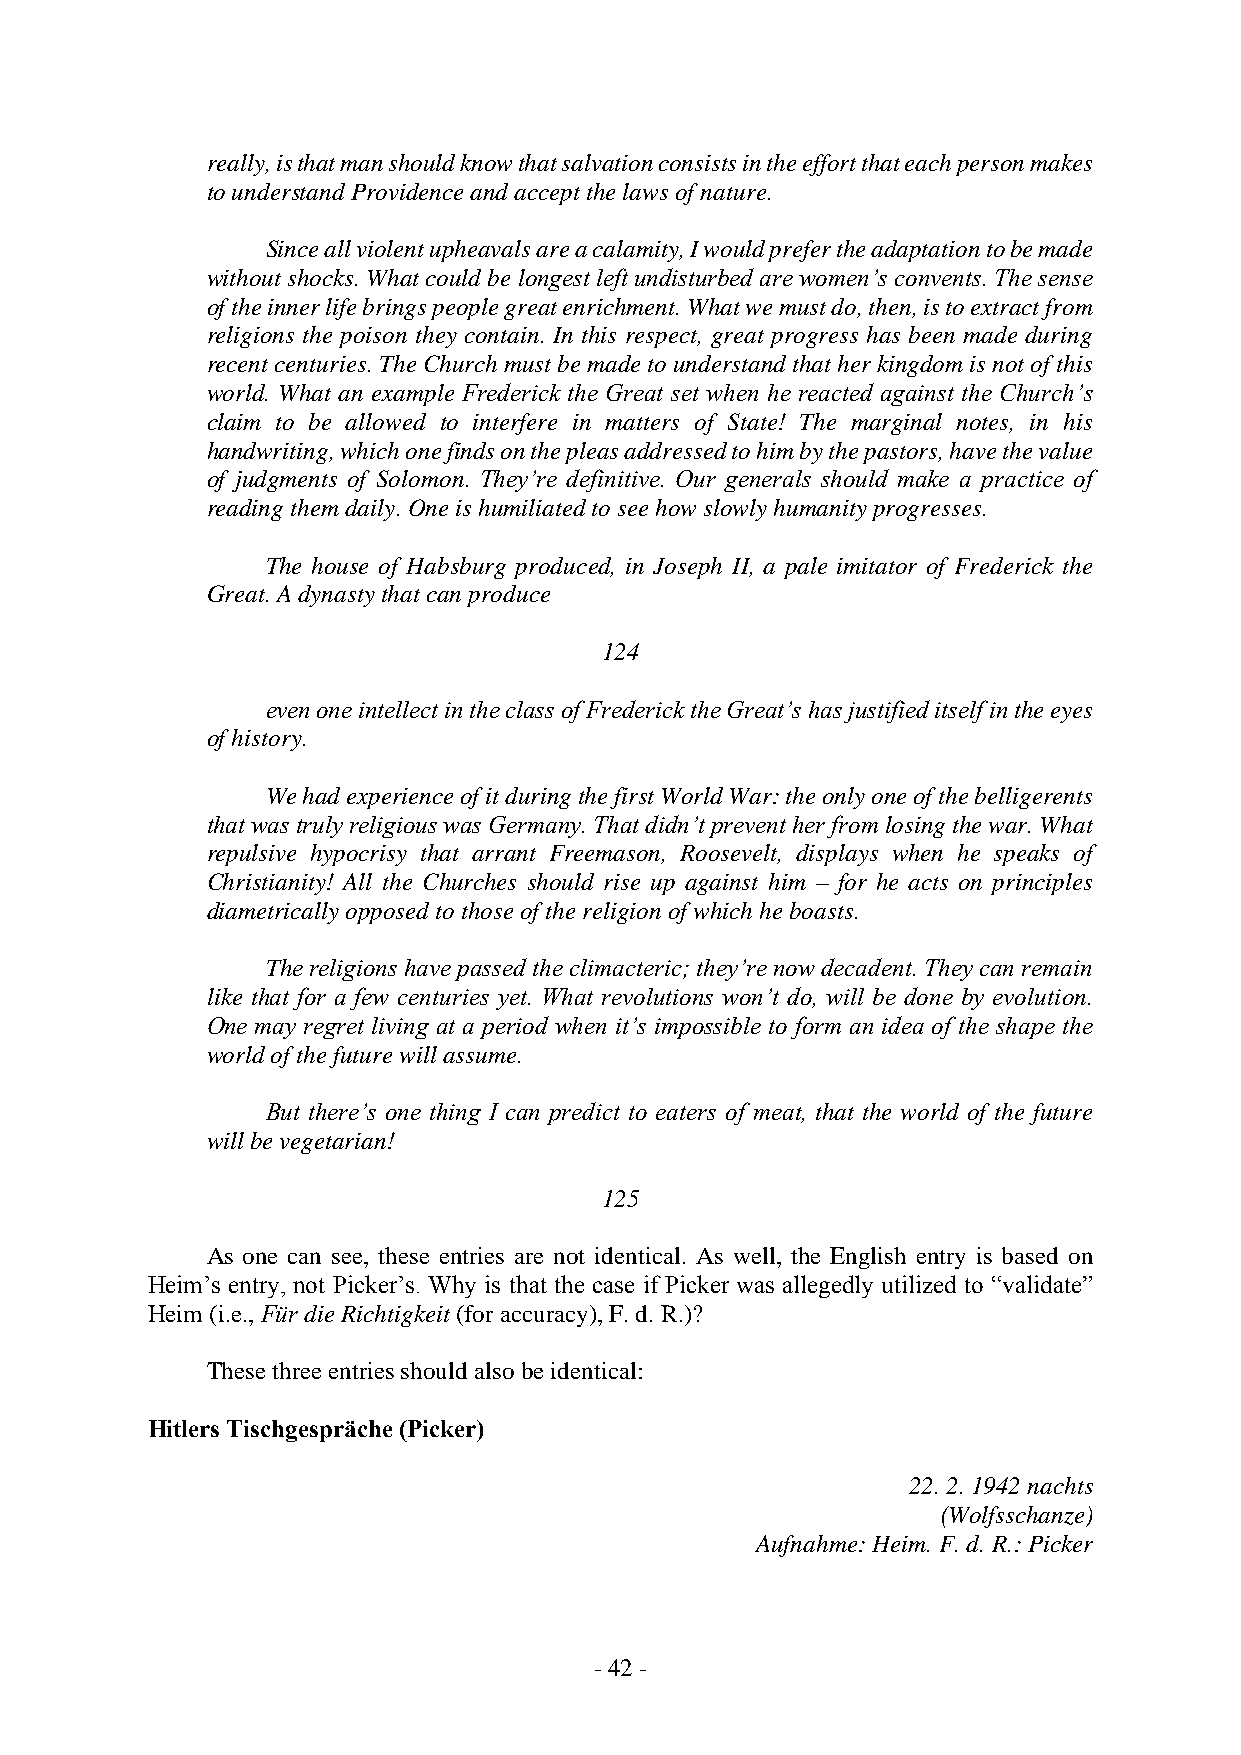
really, is that man should know that salvation consists in the effort that each person makes
 to understand Providence and accept the laws of nature.
 Since all violent upheavals are a calamity, I would prefer the adaptation to be made
 without shocks. What could be longest left undisturbed are women’s convents. The sense
 of the inner life brings people great enrichment. What we must do, then, is to extract from
 religions the poison they contain. In this respect, great progress has been made during
 recent centuries. The Church must be made to understand that her kingdom is not of this
 world. What an example Frederick the Great set when he reacted against the Church’s
 claim to be allowed to interfere in matters of State! The marginal notes, in his
 handwriting, which one finds on the pleas addressed to him by the pastors, have the value
 of judgments of Solomon. They’re definitive. Our generals should make a practice of
 reading them daily. One is humiliated to see how slowly humanity progresses.
 The house of Habsburg produced, in Joseph II, a pale imitator of Frederick the
 Great. A dynasty that can produce
 124
 even one intellect in the class of Frederick the Great’s has justified itself in the eyes
 of history.
 We had experience of it during the first World War: the only one of the belligerents
 that was truly religious was Germany. That didn’t prevent her from losing the war. What
 repulsive hypocrisy that arrant Freemason, Roosevelt, displays when he speaks of
 Christianity! All the Churches should rise up against him – for he acts on principles
 diametrically opposed to those of the religion of which he boasts.
 The religions have passed the climacteric; they’re now decadent. They can remain
 like that for a few centuries yet. What revolutions won’t do, will be done by evolution.
 One may regret living at a period when it’s impossible to form an idea of the shape the
 world of the future will assume.
 But there’s one thing I can predict to eaters of meat, that the world of the future
 will be vegetarian!
 125
 As one can see, these entries are not identical. As well, the English entry is based on
 Heim’s entry, not Picker’s. Why is that the case if Picker was allegedly utilized to “validate”
 Heim (i.e., Für die Richtigkeit (for accuracy), F. d. R.)?
 These three entries should also be identical:
 Hitlers Tischgespräche (Picker)
 22. 2. 1942 nachts
 (Wolfsschanze)
 Aufnahme: Heim. F. d. R.: Picker
 - 42 -